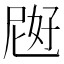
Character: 𱙜